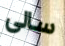
سالى